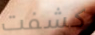
كشفت